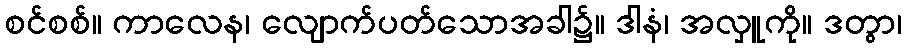
စင်စစ်။ ကာလေန၊ လျောက်ပတ်သောအခါ၌။ ဒါနံ၊ အလှူကို။ ဒတွာ၊